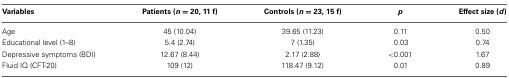
<table><thead><tr><td><b>Variables</b></td><td><b>Patients (<i>n</i> = 20, 11 f)</b></td><td><b>Controls (<i>n</i> = 23, 15 f)</b></td><td><b><i>p</i></b></td><td><b>Effect size (<i>d</i>)</b></td></tr></thead><tbody><tr><td>Age</td><td>45 (10.04)</td><td>39.65 (11.23)</td><td>0.11</td><td>0.50</td></tr><tr><td>Educational level (1–8)</td><td>5.4 (2.74)</td><td>7 (1.35)</td><td>0.03</td><td>0.74</td></tr><tr><td>Depressive symptoms (BDI)</td><td>12.67 (8.44)</td><td>2.17 (2.88)</td><td>&lt;0.001</td><td>1.67</td></tr><tr><td>Fluid IQ (CFT-20)</td><td>109 (12)</td><td>118.47 (9.12)</td><td>0.01</td><td>0.89</td></tr></tbody></table>